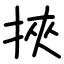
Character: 挾